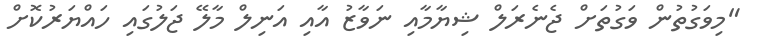
"މިވަގުތުން ވަގުތަށް ޖެނެރަލް ޝިޔާމާއި ނަވާޒު އާއި އަނިލް މާލޭ ޖަލުގައި ހައްޔަރުކޮށް